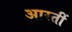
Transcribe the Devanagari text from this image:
आरतीं